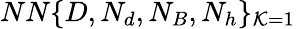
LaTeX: NN\{ D,N_{d},N_{B},N_{h}\} _{\mathcal{K}=1}